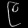
Digit: ၉